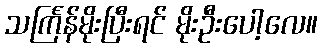
သင်္ကြန်မိုးပြီးရင် မိုးဦးပေါ့လေ။